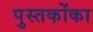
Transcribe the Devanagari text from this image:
पुस्‍तकोंका